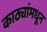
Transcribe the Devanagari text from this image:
काठ्यांमधून